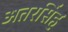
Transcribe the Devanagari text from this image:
अतरसिंह